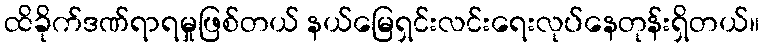
ထိခိုက်ဒဏ်ရာရမှုဖြစ်တယ် နယ်မြေရှင်းလင်းရေးလုပ်နေတုန်းရှိတယ်။